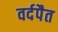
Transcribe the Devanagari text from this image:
वर्दपैत